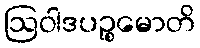
ဩဝါဒပဉ္စမောတိ